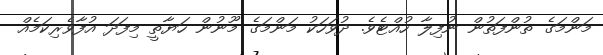
މަންމަގެ ތުންފަތުން ނުފިލާ ހުއްޓެވެ. ދުވަހަކު މަންމަގެ މޫނުން ހަޔާތީ މިފަދަ އުފާވެރިކަމެއް